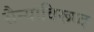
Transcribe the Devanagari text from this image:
सैन्याविरूध्द